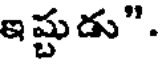
ఇష్టుడు".